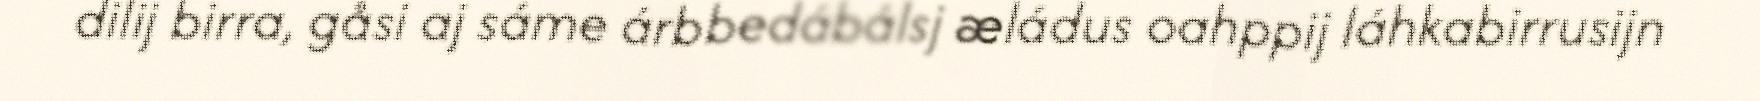
dilij birra, gåsi aj sáme árbbedábálsj æládus oahppij láhkabirrusijn